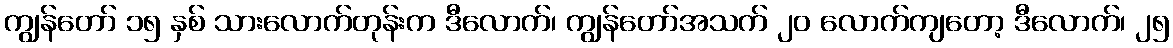
ကျွန်တော် ၁၅ နှစ် သားလောက်တုန်းက ဒီလောက်၊ ကျွန်တော်အသက် ၂၀ လောက်ကျတော့ ဒီလောက်၊ ၂၅